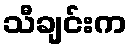
သီချင်းက